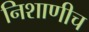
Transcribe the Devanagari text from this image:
निशाणीच